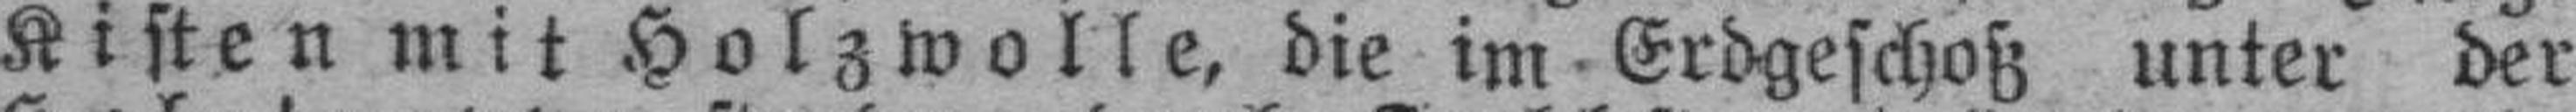
Kisten mit Holzwolle, die im Erdgeschoß unter der